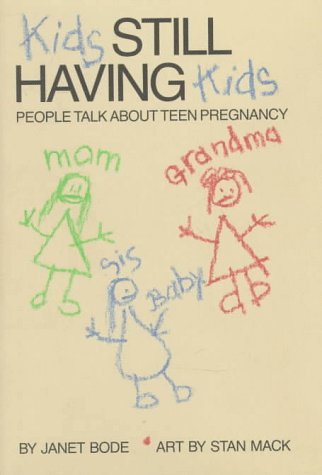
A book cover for Kids Still Having Kids: People Talk About Teen Pregnancy; Janet Bode; Teen & Young Adult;